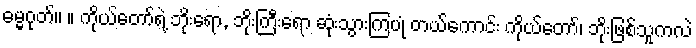
ဓမ္မဂုတ်။ ။ ကိုယ်တော်ရဲ့ ဘိုးရော, ဘိုးကြီးရော ဆုံးသွားကြပုံ တယ်ကောင်း ကိုယ်တော်၊ ဘိုးဖြစ်သူကလဲ